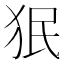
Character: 𬌭